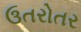
ઉતરોતર